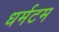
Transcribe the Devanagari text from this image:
धर्मटम